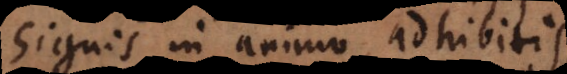
signis in animo adhibitis.